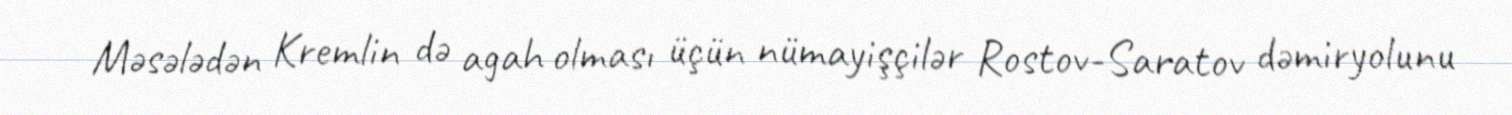
Məsələdən Kremlin də agah olması üçün nümayişçilər Rostov-Saratov dəmiryolunu